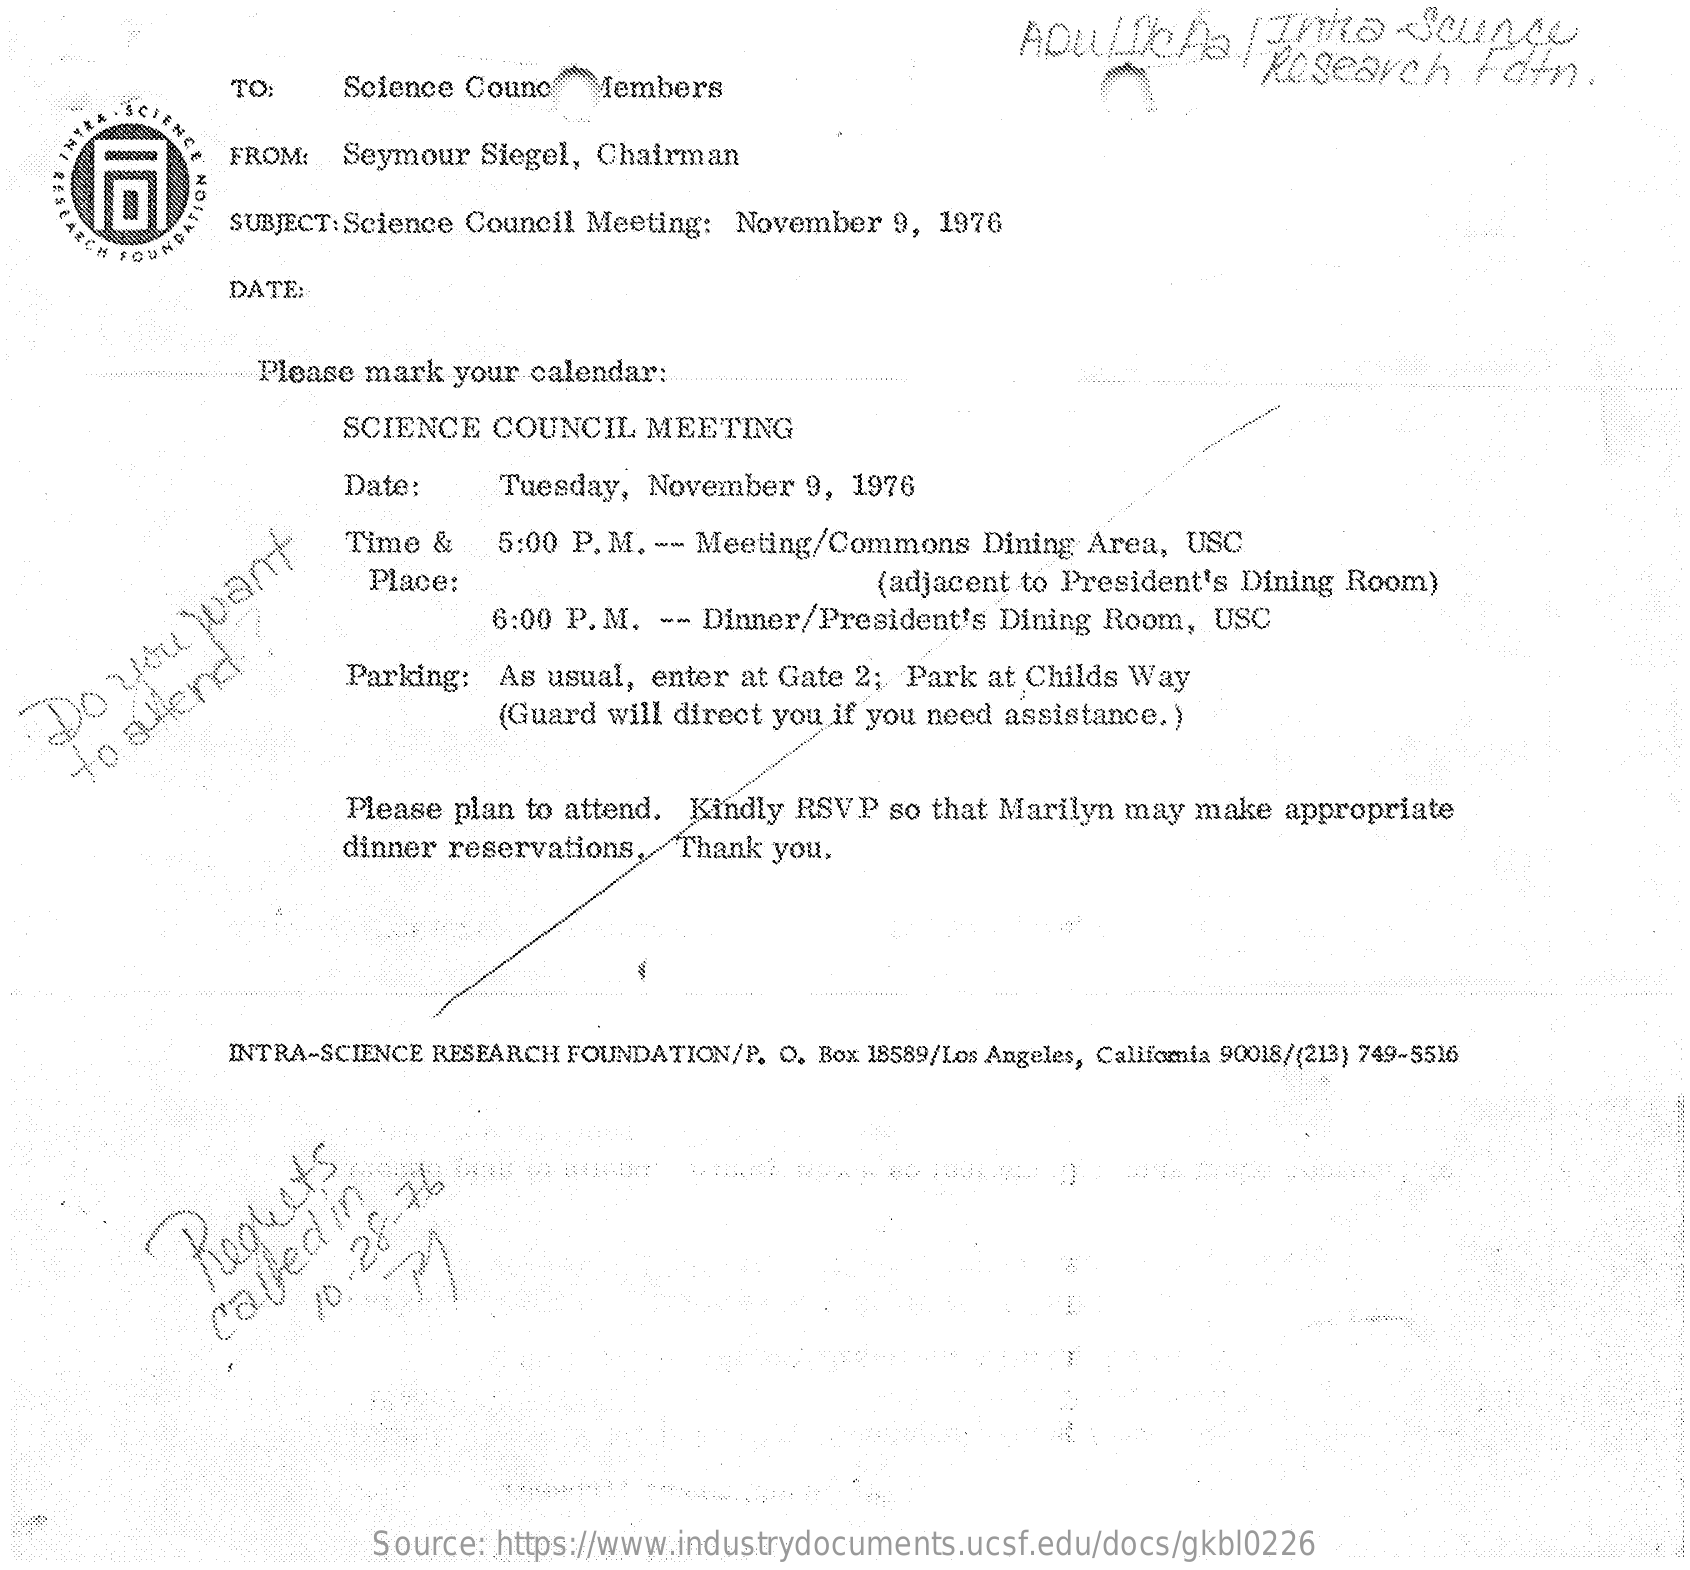
ADULICH3|search    Fdtn.
     To:    Science Counc    Members
     FROM:  Seymour   Siegel, Chairman
     PCH FOUND
     SUBJECT: Science Council Meeting: November   9, 1976
     DATE:
     Please mark  your calendar:
     SCIENCE  COUNCIL    MEETING
     Date:    Tuesday,  November   9, 1976
     Time &    5:00 P. M. -- Meeting/Commons    Dining Area,  USC
     Place:    (adjacent to President's Dining Room)
     6:00 P.M.  -- Dinner/President's  Dining Room,   USC
     Parking:  As usual, enter at Gate 2;  Park at Childs Way
   Do
     you
     want
     (Guard will direct you if you need assistance.)
     o
     allend
     Please plan to attend. Kindly RSVP  so that Marilyn may  make  appropriate
     dinner reservations,  Thank you.
     INTRA-SCIENCE RESEARCH FOUNDATION/P. O. Box 18589/Los Angeles, Califomia 90018/(213) 749-5516
     Regrets   10-28-769 Called
     in
     Source: https://www.industrydocuments.ucsf.edu/docs/gkbl0226